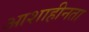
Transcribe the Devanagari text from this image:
आशाहीनता